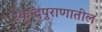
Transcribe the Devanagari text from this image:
स्कन्दपुराणातील